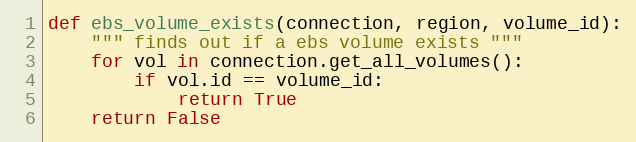
Language: Python
def ebs_volume_exists(connection, region, volume_id):
    """ finds out if a ebs volume exists """
    for vol in connection.get_all_volumes():
        if vol.id == volume_id:
            return True
    return False